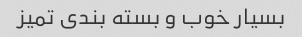
بسیار خوب و بسته بندی تمیز